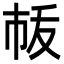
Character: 𢂛